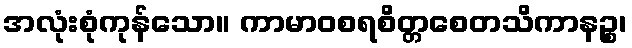
အလုံးစုံကုန်သော။ ကာမာဝစရစိတ္တစေတသိကာနဉ္စ၊